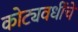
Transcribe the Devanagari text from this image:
कोट्यवधींचे